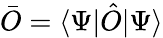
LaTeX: \bar{O}=\langle\Psi|\hat{O}|\Psi\rangle